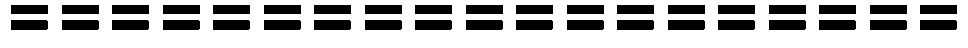
===================